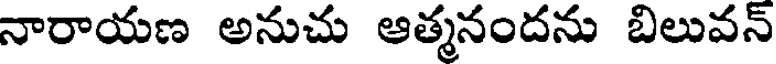
నారాయణ అనుచు ఆత్మనందను బిలువన్